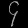
Digit: ၄